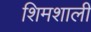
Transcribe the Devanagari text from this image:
शिमशाली